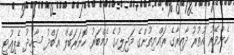
ހެންވޭރު އުތުރު ދާއިރާގެ ރައްޔިތުންގެ މަޖިލިހުގެ މެމްބަރު ހޮނަރަބްލް ޢަބްދު ޝާހިދު ޑެޕިއުޓީ